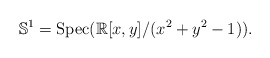
\begin{align*}\mathbb{S}^{1}=\mathrm{Spec}(\mathbb{R}[x,y]/(x^{2}+y^{2}-1)).\end{align*}